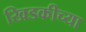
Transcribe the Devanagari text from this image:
खिडकीच्या